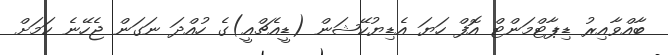
ބާއްވާއިރު ޑިޕާޓްމަންޓް އޮފް ހަޔަ އެޑިޔުކޭޝަން (ޑީއެޗްއީ)ގެ ހުއްދަ ނަގަން ޖެހޭނެ ކަމަށް